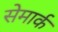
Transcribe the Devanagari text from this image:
सेमार्क